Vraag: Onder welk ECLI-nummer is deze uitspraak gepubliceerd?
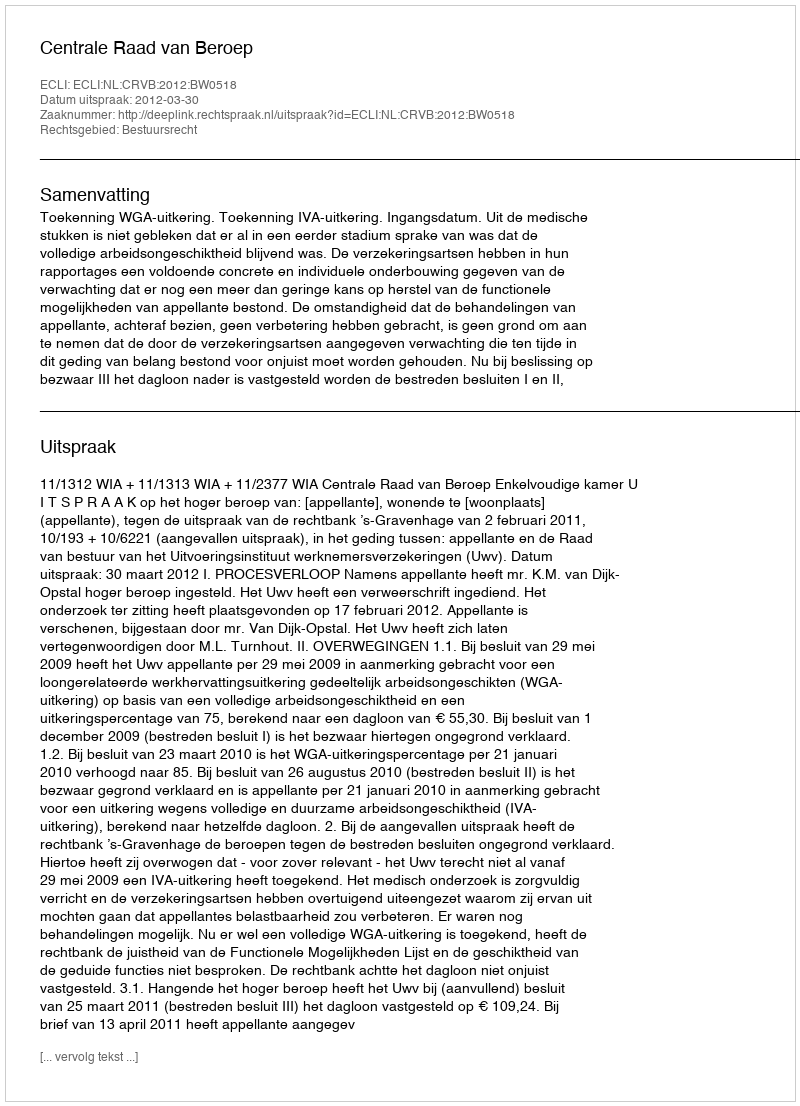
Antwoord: ECLI:NL:CRVB:2012:BW0518